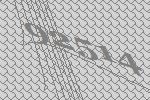
92514